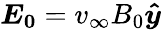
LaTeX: \boldsymbol{E_{0}}=v_{\infty}B_{0}\boldsymbol{\hat{y}}